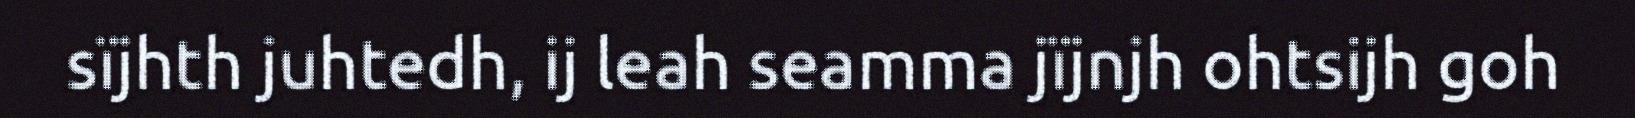
sïjhth juhtedh, ij leah seamma jïjnjh ohtsijh goh